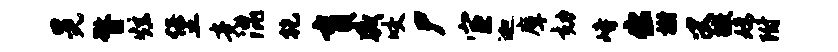
晃瞀炫堡竟混乾盲威咬尸宦迦摩劾峙出榭叟徽嫦附